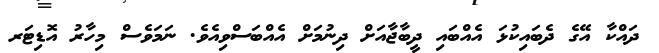
ދައްކާ އޭގެ ދެބައިކުޅަ އެއްބައި ދީބާޖާއަށް ދިނުމަށް އެއްބަސްވިއެވެ. ނަމަވެސް މިހާރު އޮޑިޓަރ